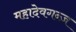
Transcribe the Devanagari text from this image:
महादेवगन्ज़